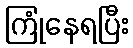
ကြုံနေရပြီး